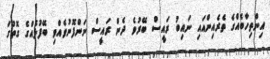
އިންތިހާބެއްގެ ތެރެއިންއައި ނައިބު ރައީސް ބޭރުވެ ދެން ރައީސް ނަންފޮނުވެއްވި ބޭފުޅެއްގެ ގޮތުގަ